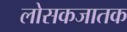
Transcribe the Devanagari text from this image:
लोसकजातक